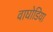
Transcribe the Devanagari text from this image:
वाघोडिया